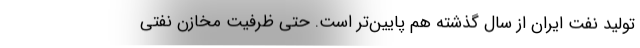
تولید نفت ایران از سال گذشته هم پایین‌تر است. حتی ظرفیت مخازن نفتی